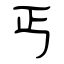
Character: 丐